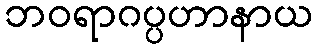
ဘဝရာဂပ္ပဟာနာယ